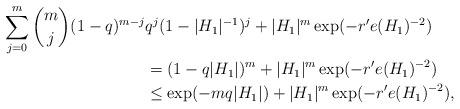
LaTeX: \begin{align*}\sum_{j=0}^m\binom mj(1-q)^{m-j}&q^j(1-|H_1|^{-1})^{j}+|H_1|^m\exp(-r'e(H_1)^{-2})\\&=(1-q|H_1|)^m+|H_1|^m\exp(-r'e(H_1)^{-2})\\&\leq\exp(-mq|H_1|)+|H_1|^m\exp(-r'e(H_1)^{-2}),\\\end{align*}